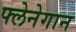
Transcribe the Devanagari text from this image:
फ्लेनेगान